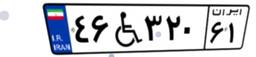
۴۶W۳۲۰۶۱